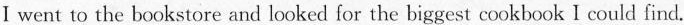
Ⅰ went to the bookstore and looked for the biggest cookbook I could find.